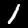
Label: 1